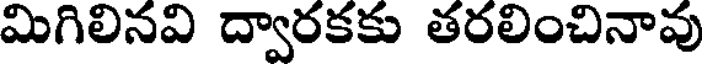
మిగిలినవి ద్వారకకు తరలించినావు